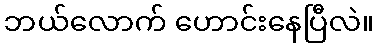
ဘယ်လောက် ဟောင်းနေပြီလဲ။